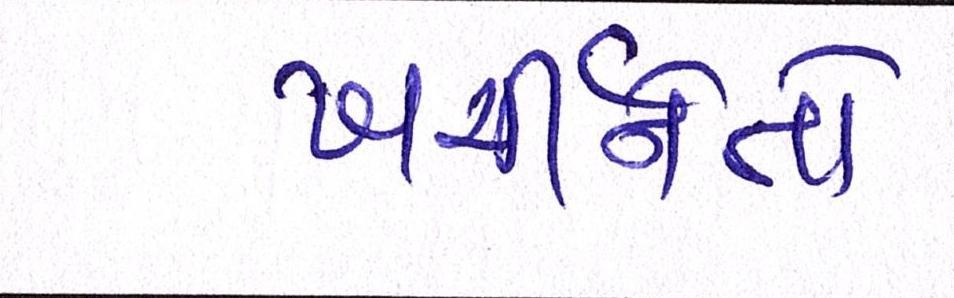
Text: ખર્ચીનેતો